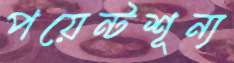
পয়েন্টশূন্য